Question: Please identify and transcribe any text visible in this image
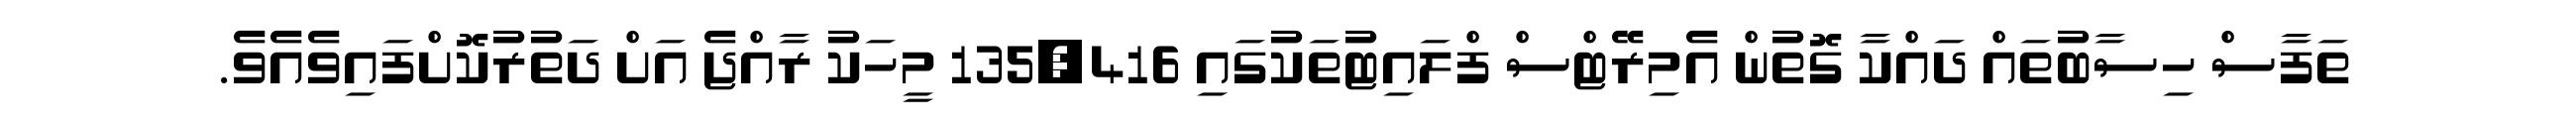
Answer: ތަފާސް ހިސާބުތައް ދައްކާ ގޮތުން އެމިރޭޓްސް ފްލައިޓުތަކުގައި 135,416 މީހަކު ރާއްޖެ އަށް ދަތުރުކޮށްފައިވެއެވެ.